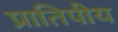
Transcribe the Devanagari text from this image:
प्रातिपीय